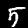
Label: 5